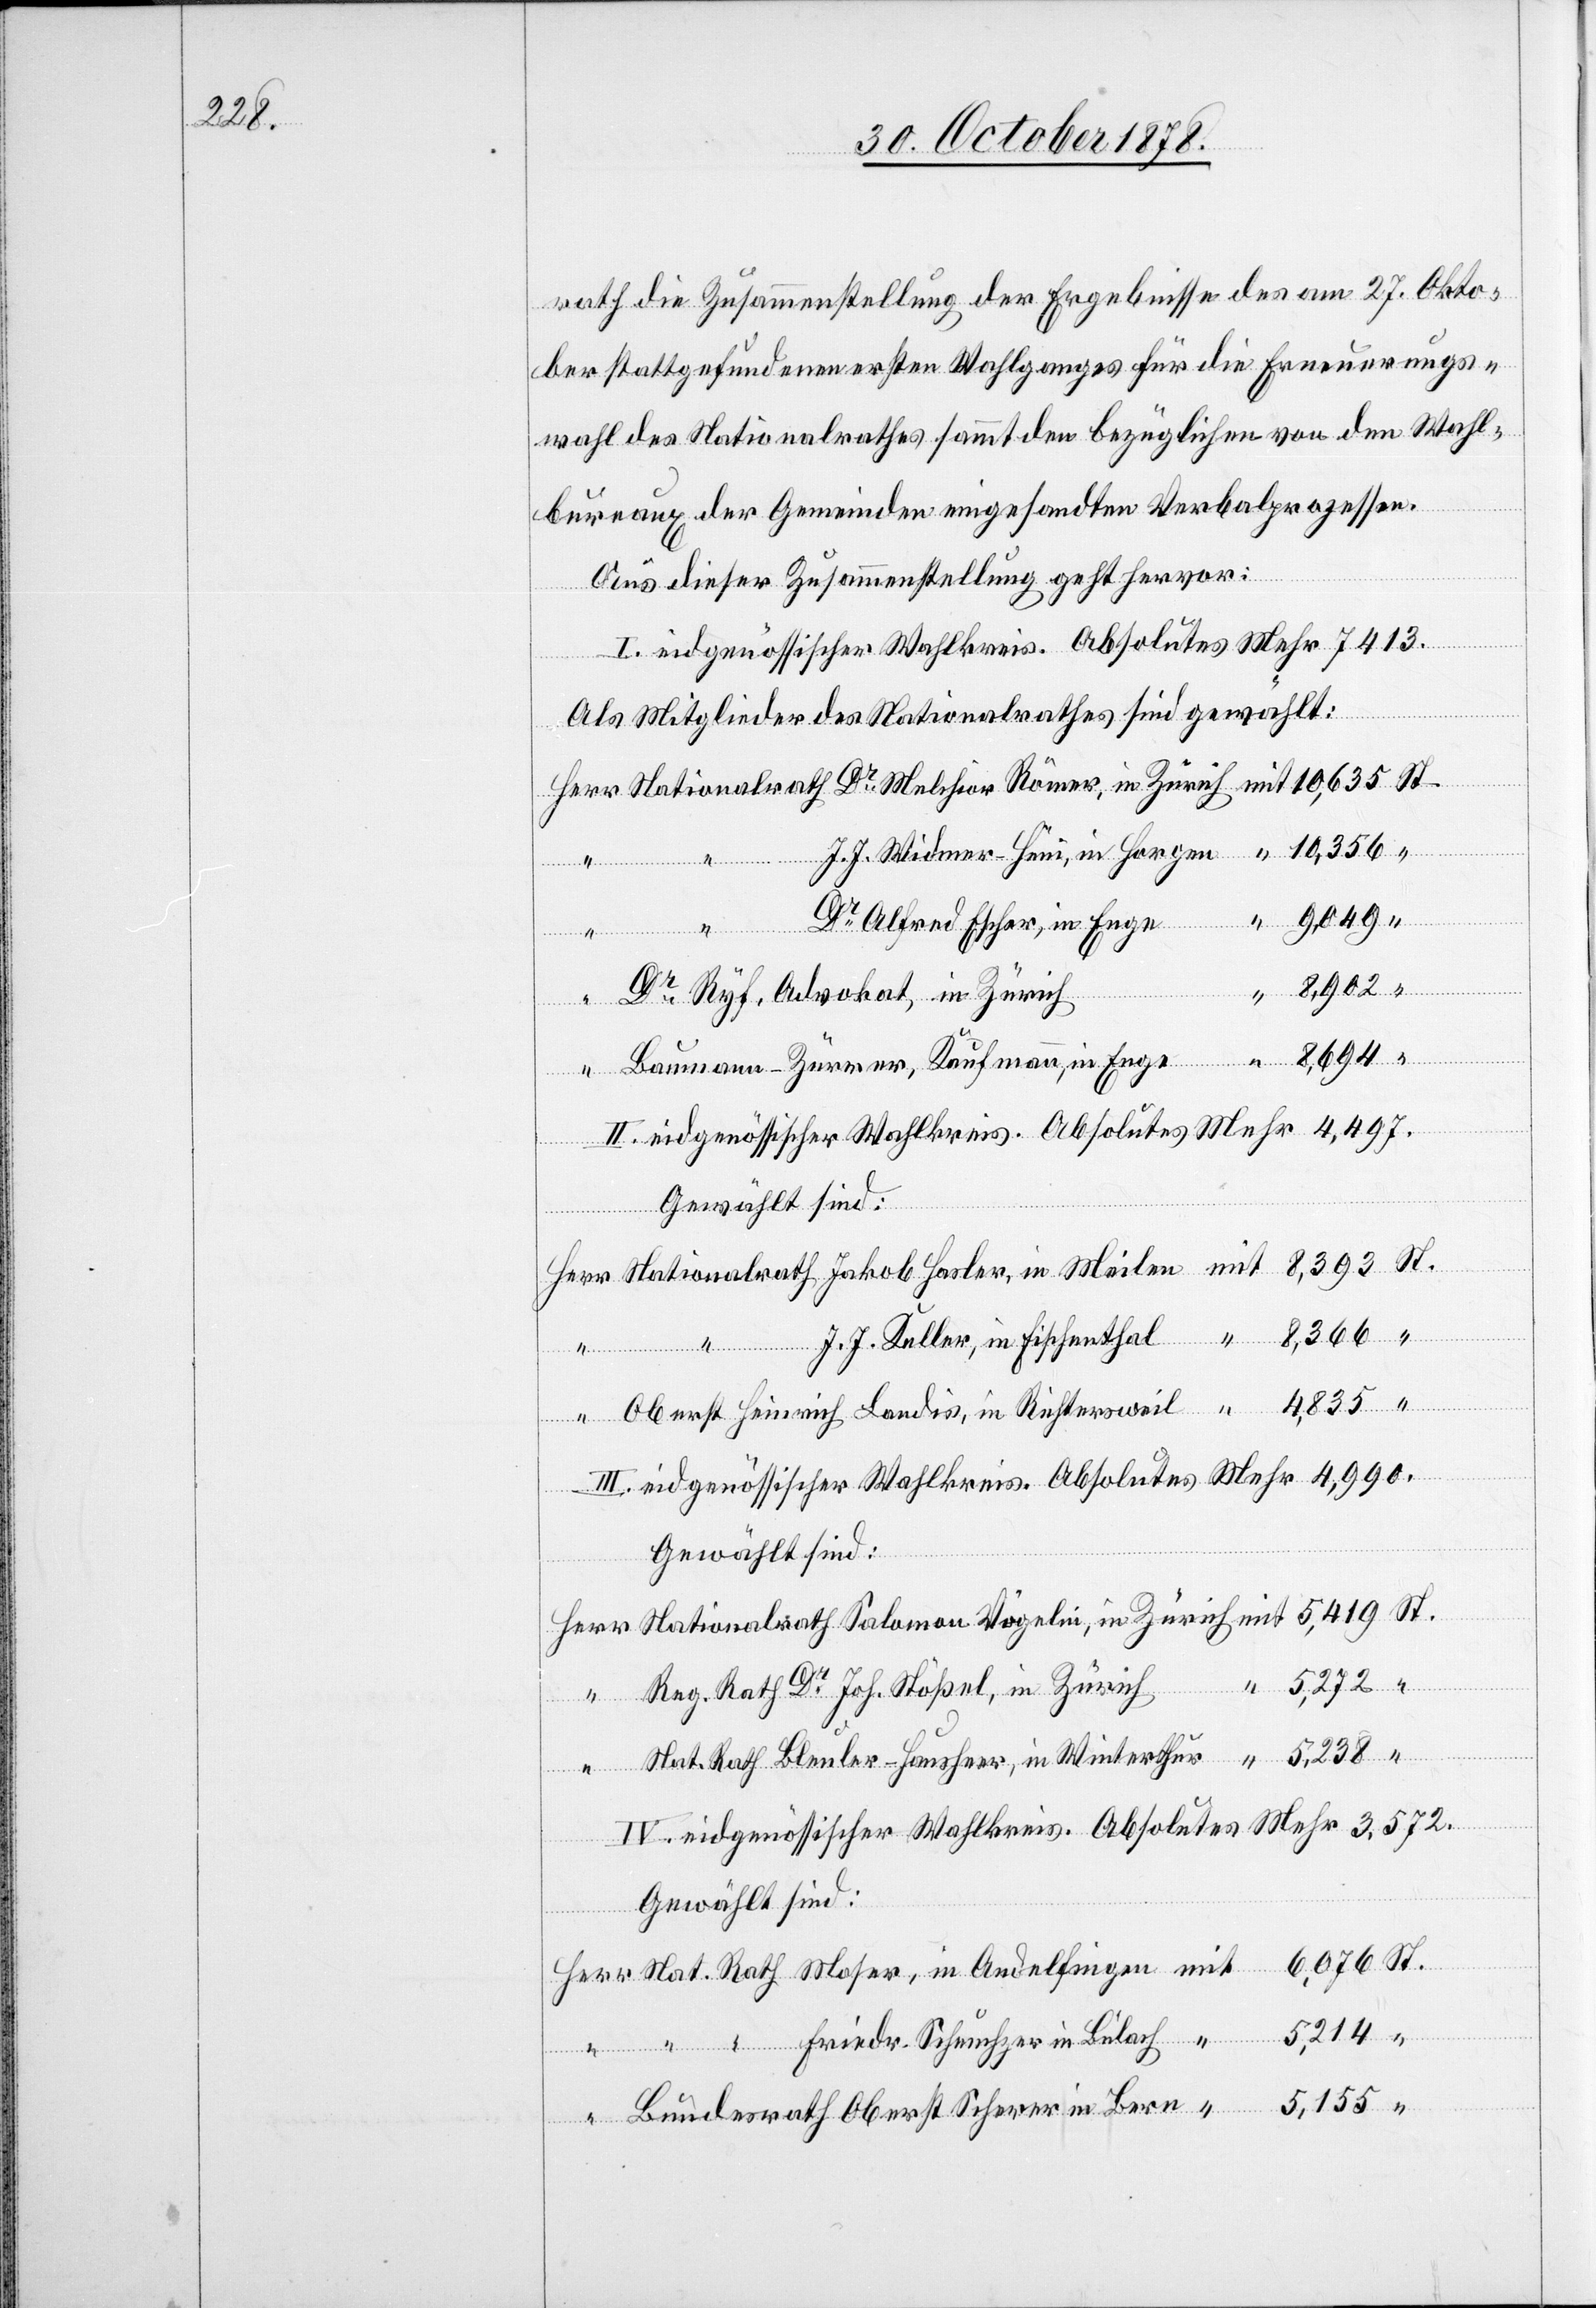
rath die Zusammenstellung der Ergebnisse des am 27. Okto¬
ber stattgefundenen ersten Wahlganges für die Erneuerungs¬
wahl des Nationalrathes sammt den bezüglichen von den Wahl¬
bureaux der Gemeinden eingesandten Verbalprozessen.
Aus dieser Zusammenstellung geht hervor:
5,214 “
I. eidgenössischer Wahlkreis. Absolutes Mehr 7413.
Als Mitglieder des Nationalrathes sind gewählt:
Herr Nationalrath Dr Melchior Römer, in Zürich mit 10,635 St.
“ J. J. Widmer-Hüni, in Horgen “ 10,356 “
Dr Alfred Escher, in Enge “ 9,049
8,902
“
Dr Ryf, Advokat, in Zürich
“ 8,694
“ Baumann-Zürrer, Kaufmann, in Enge
II. eidgenössischer Wahlkreis. Absolutes Mehr 4,497.
Herr Nationalrath Jakob Hasler, in Meilen mit 8,393 St.
“ “ J. J. Keller, in Fischenthal “ 8,366 “
“ Oberst Heinrich Landis, in Richtersweil “ 4,835 “
III. eidgenössischer Wahlkreis. Absolutes Mehr 4,990.
Gewählt sind:
Herr Nationalrath Salomon Vögelin, in Zürich mit 5,419 St.
Reg. Rath Dr Joh. Stößel, in Zürich
“ Nat. Rath Bleuler-Hausheer, in Winterthur “ 5,238 “
IV. eidgenössischer Wahlkreis. Absolutes Mehr 3,572.
Gewählt sind:
Herr Nat. Rath Moser, in Andelfingen mit 6,076 St.
“ “ “ Friedr. Scheuchzer in Bülach “ 5,214 “
“ Bundesrath Oberst Scherrer in Bern “ 5,155 “